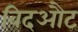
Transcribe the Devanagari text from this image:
विदऔट